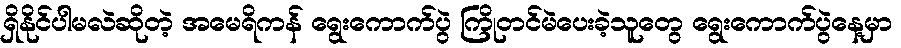
ရှိနိုင်ပါမလဲဆိုတဲ့ အမေရိကန် ရွေးကောက်ပွဲ ကြိုတင်မဲပေးခဲ့သူတွေ ရွေးကောက်ပွဲနေ့မှာ